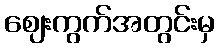
ဈေးကွက်အတွင်းမှ